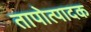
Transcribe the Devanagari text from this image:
तापोत्पादक